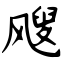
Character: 飕